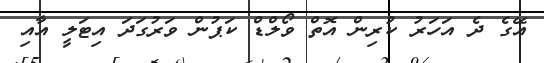
އޭގެ ދެ އަހަރު ކުރިން އޮތް ވޯލްޑް ކަޕުން ވަރުގަަދަ އިޓަލީ އާއި